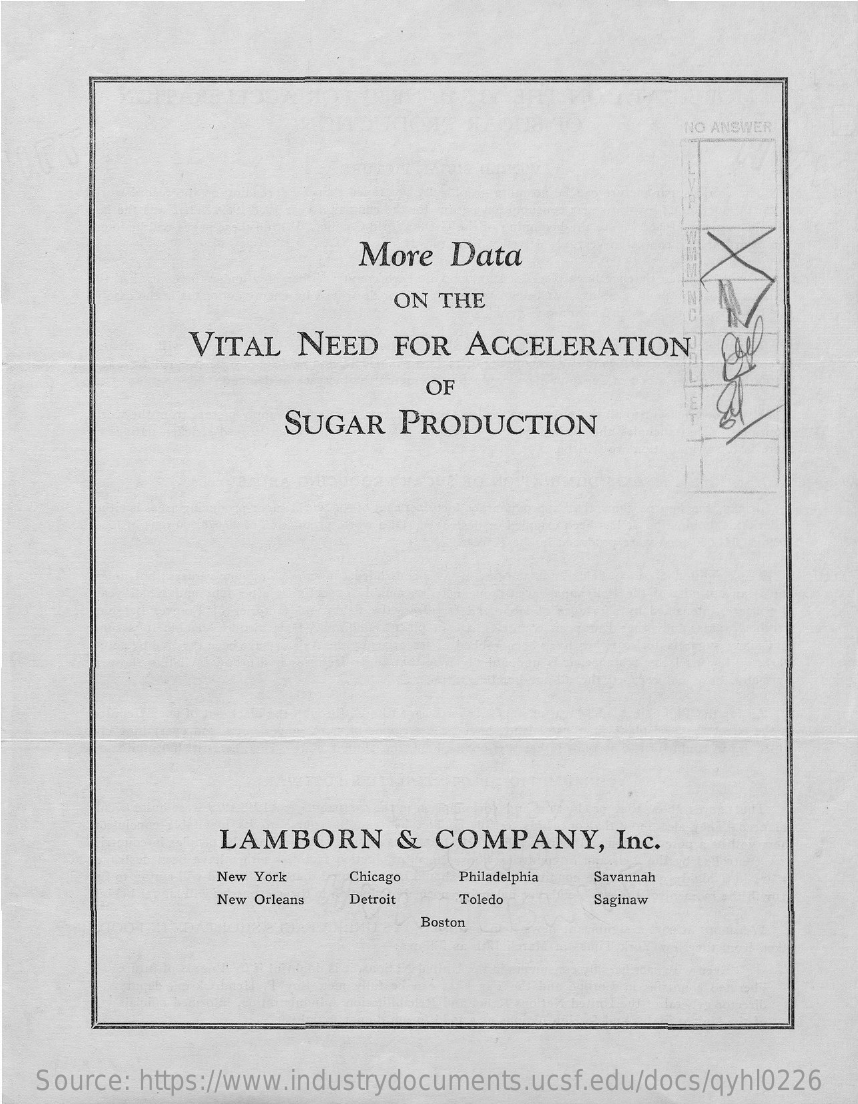
NO ANSWER
     More   Data
     ON THE
     VITAL   NEED    FOR  ACCELERATION
     OF
     SUGAR   PRODUCTION
     LAMBORN    &  COMPANY,    Inc.
     New York  Chicago Philadelphia Savannah
     New Orleans Detroit Toledo  Saginaw
     Boston
   Source: https://www.industrydocuments.ucsf.edu/docs/qyhl0226